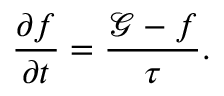
\frac { \partial f } { \partial t } = \frac { \mathscr { G } - f } { \tau } .